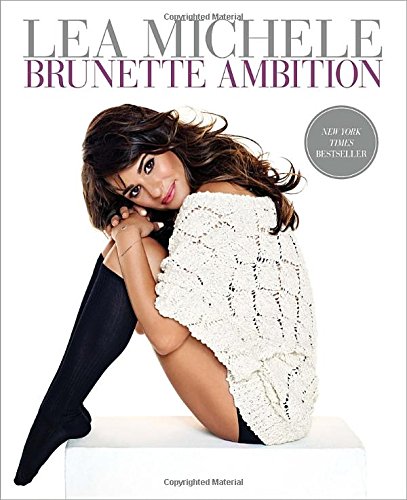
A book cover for Brunette Ambition; Lea Michele; Biographies & Memoirs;